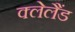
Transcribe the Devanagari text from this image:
क्लेलैंड